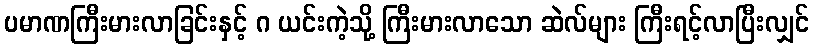
ပမာဏကြီးမားလာခြင်းနှင့် ဂ ယင်းကဲ့သို့ ကြီးမားလာသော ဆဲလ်များ ကြီးရင့်လာပြီးလျှင်